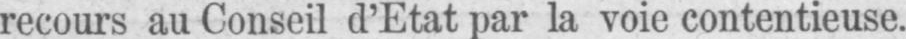
recours au Conseil d’Etat par la voie contentieuse.